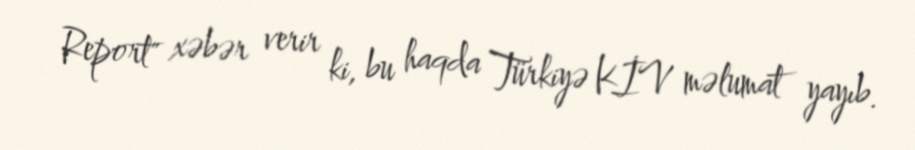
Report" xəbər verir ki, bu haqda Türkiyə KİV məlumat yayıb.